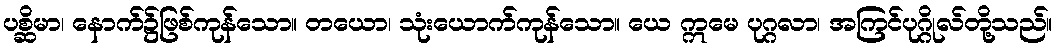
ပစ္ဆိမာ၊ နောက်၌ဖြစ်ကုန်သော။ တယော၊ သုံးယောက်ကုန်သော။ ယေ ဣမေ ပုဂ္ဂလာ၊ အကြင်ပုဂ္ဂိုလ်တို့သည်။